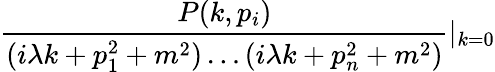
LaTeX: \frac{P(k,p_{i})}{(i\lambda k+p_{1}^{2}+m^{2})\ldots(i\lambda k+p_{n}^{2}+m^{2})}|_{k=0}